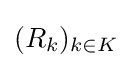
{\textstyle (R_{k})_{k\in K}}